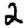
Digit: 2